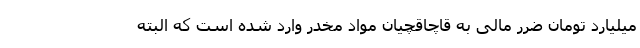
میلیارد تومان ضرر مالی به قاچاقچیان مواد مخدر وارد شده است که البته